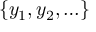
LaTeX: \left\{ y _ { 1 } , y _ { 2 } , \ldots \right\}